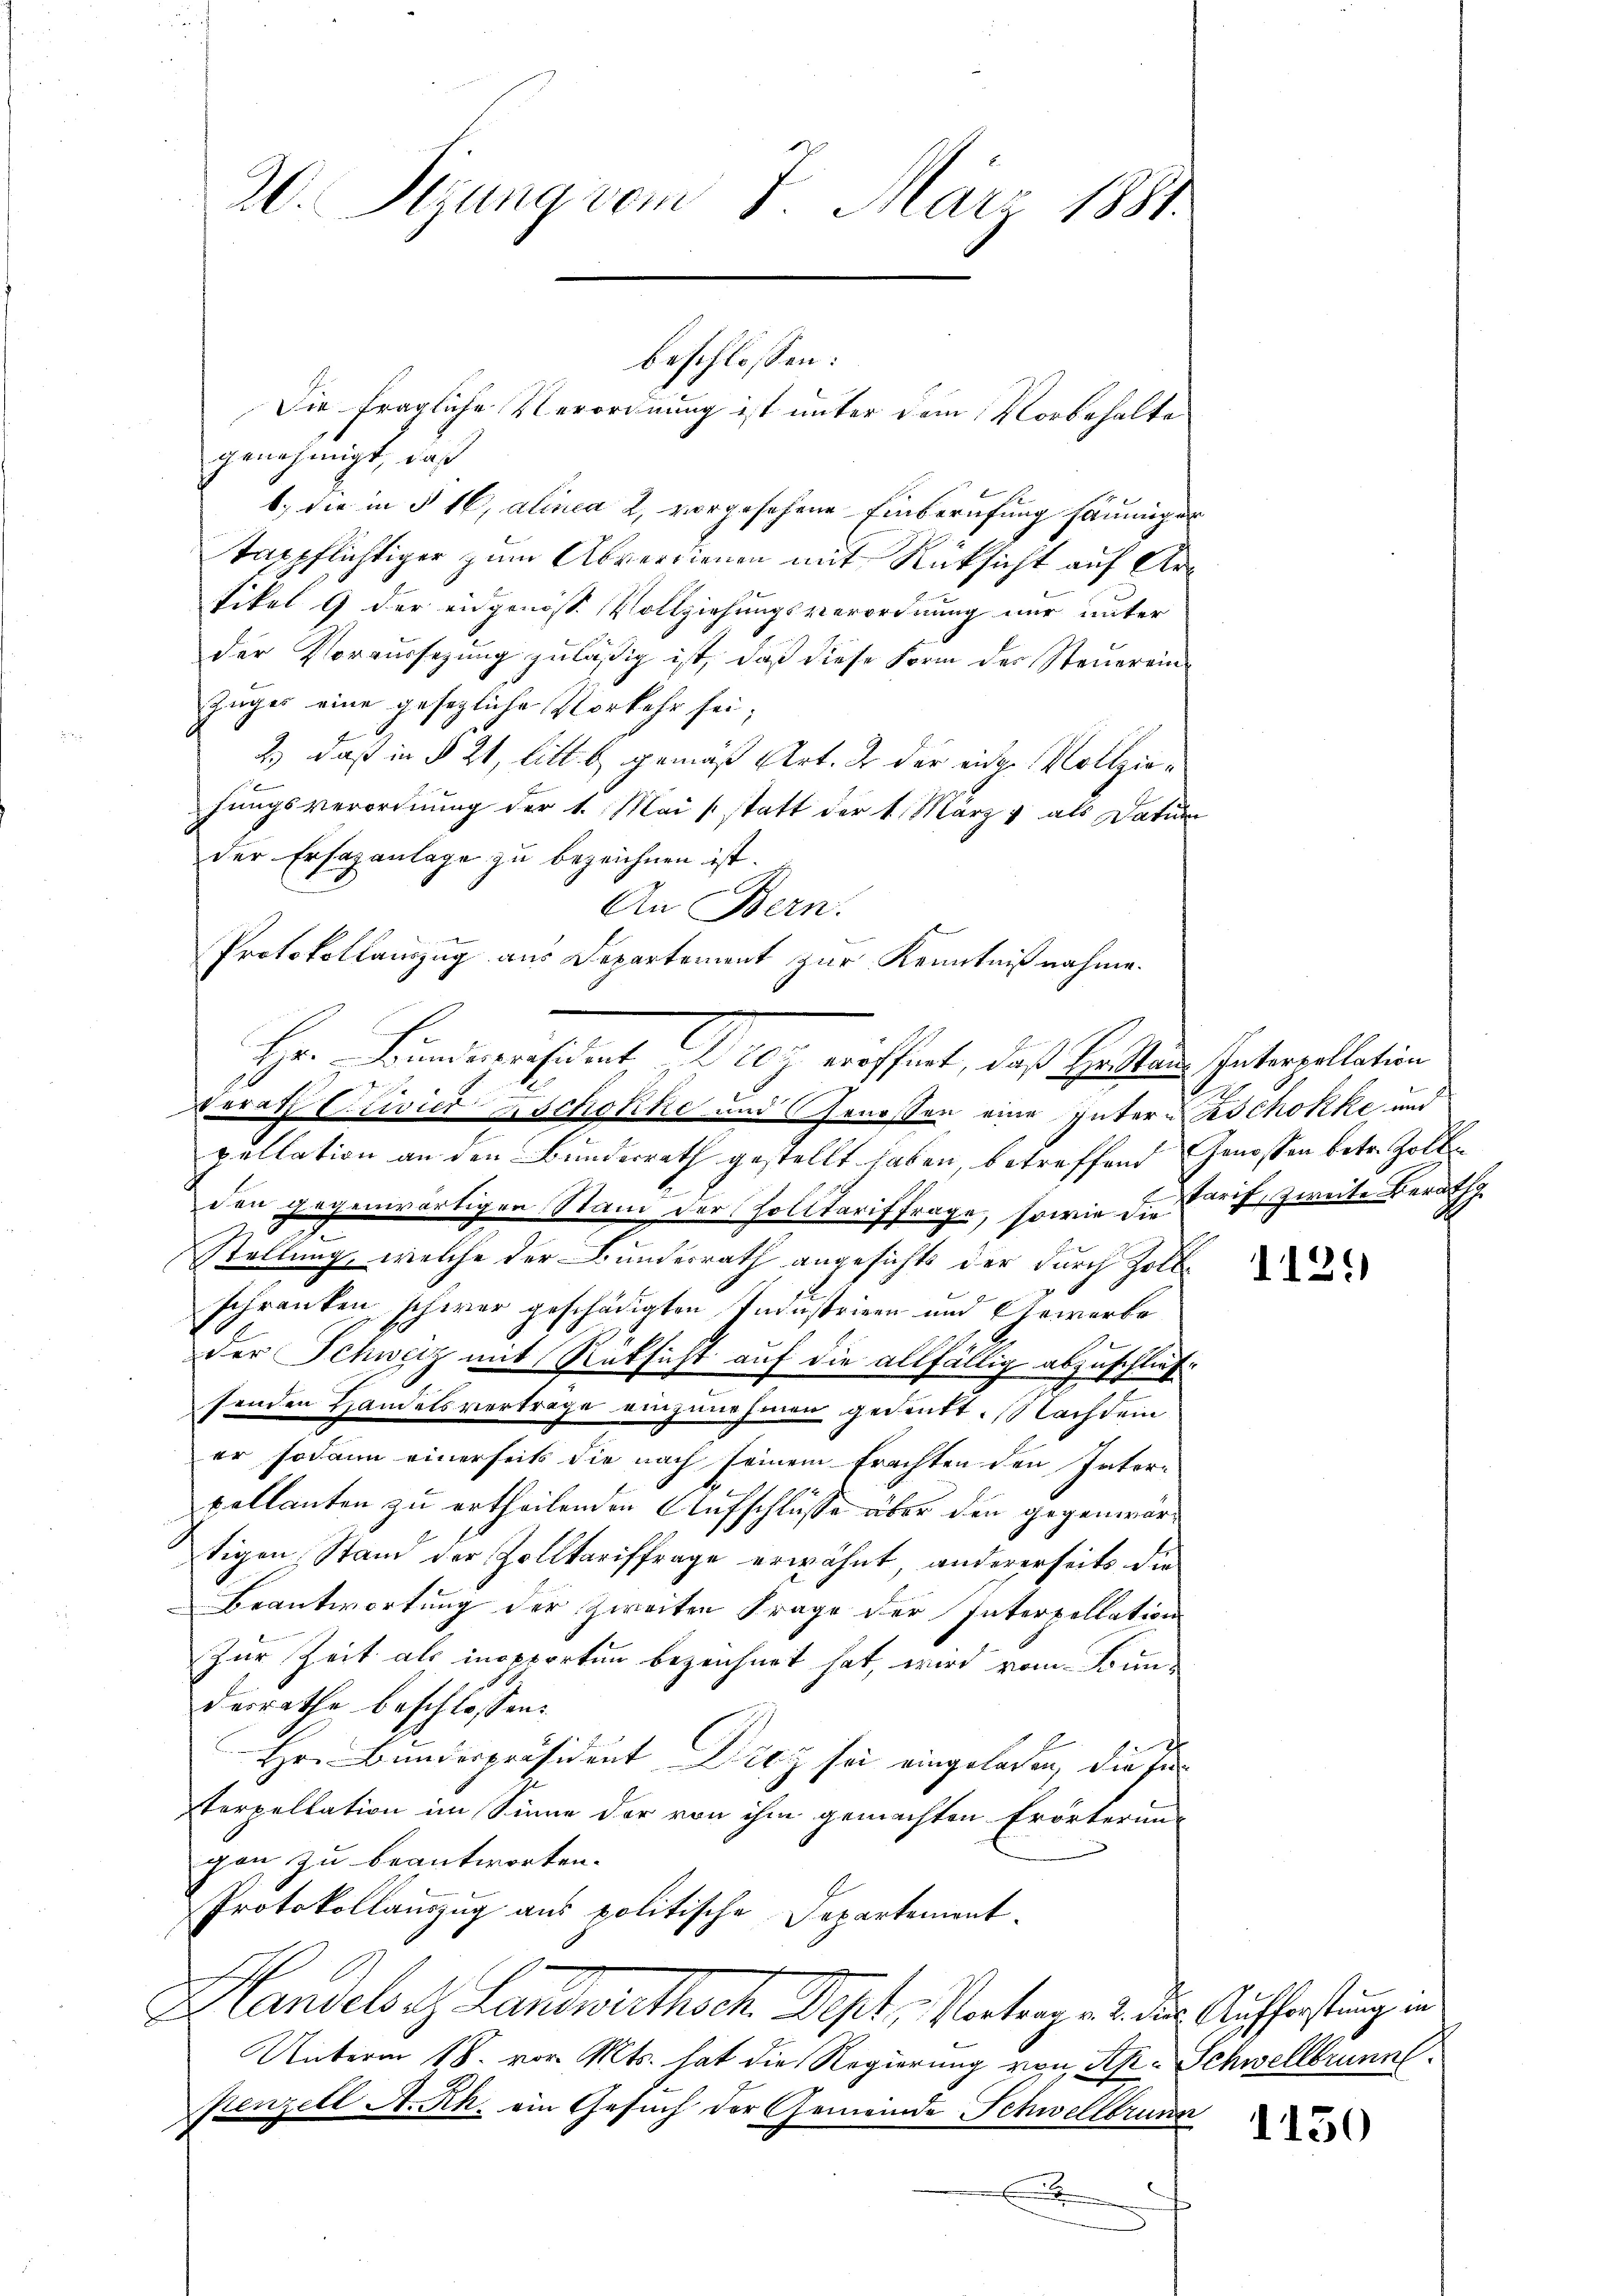
.

Die fragliche Verordnung ist unter dem Vorbehalte
genehmigt, daß
1) die in § 16, alinea 2. vorgesehene Einberufung säumiger
Tagpflichtiger zum Abverdienen mit Rücksicht auf Ar¬
Fikel 9 der eidgenöss. Vollziehungsverordnung nur unter
der Voraussezung zuläßig ist, daß diese Form der Steuerein¬
Zuges eine gesezliche Vorkehr sei;
2.) daß in § 21, litt. b gemäß Art. 2 der eidg. Vollziehungsverordnung der 1. Mai statt der 1. März & als Datum
der Ersazanlage zu bezeichnen ist.
An Bern.
Berath Clivier schokke und Genossen eine Inter schokke und
pellation an den Bundesrath gestellt haben, betreffend Genossen betr. Zollden gegenwärtigen Stand der solltariffrage, sowie die Errich zweite Berath
23
e
Stellung, welche der Bundesrath angesichts der durch Zollschränken schwer geschädigten Industrieen und Gewerbe
2
der Schweiz mit Rüksicht auf die allfällig abzuschließ
senden Handelsvertrage einzunehmen gedenkt. Nachdem
er sodann einerseits die nach seinem Frachten den Inter-
pellanten zu ertheilenden Aufschlüsse über den gegenwärtigen Stand der Zolltariffrage erwähnt, andererseits die
Beantwortung der zweiten Frage der Interpellation
Zur Zeit als inopporten bezeichnet hat, wird vom Bunderrathe beschlossen:
Hr. Bunderpräsident Drey sie eingelassen, die Interpellation im Sinne der von ihm gemachten Erörterun-
gen zu beantworten.
Protokollauszug aus politische Departement.
Handels . Landwirthsch. Dept, Vortrages der Aufforstung in
Unterm 18. vor. Mts. hat die Regierung von Rp. Schwellbrunn
Kenzell A. Rh. ein Gesuch der Gemeinde Schwellbrunn
.

20. Sigung vom 8. März 1881.

1
2

beschlossen:

Protokollauszug aus Departement zur Kenntnißnahme.
Hr. Bunderesident il les eröffnet, daß Heiten entoreillation

1125)

1150